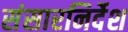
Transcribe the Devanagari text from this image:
संसारनिर्देश